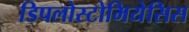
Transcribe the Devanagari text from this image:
डिपलोस्टोमियेसिस